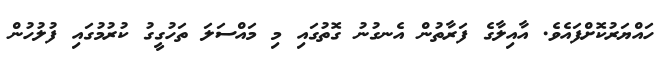
ހައްޔަރުކޮށްފައެވެ. އާއިލާގެ ފަރާތުން އެނގުނު ގޮތުގައި މި މައްސަލަ ތަހުގީގު ކުރުމުގައި ފުލުހުން